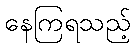
နေကြရသည့်